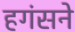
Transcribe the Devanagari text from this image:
हगंसने